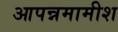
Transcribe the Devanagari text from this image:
आपन्नमामीश